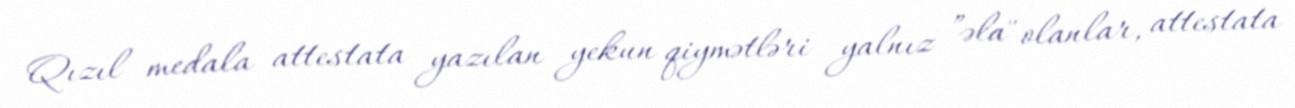
Qızıl medala attestata yazılan yekun qiymətləri yalnız ”əla" olanlar, attestata